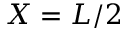
X = L / 2